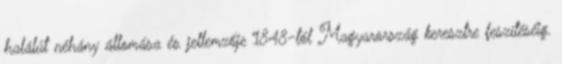
halálút néhány állomása és jellemzője 1848-tól Magyarország keresztre feszítéséig.